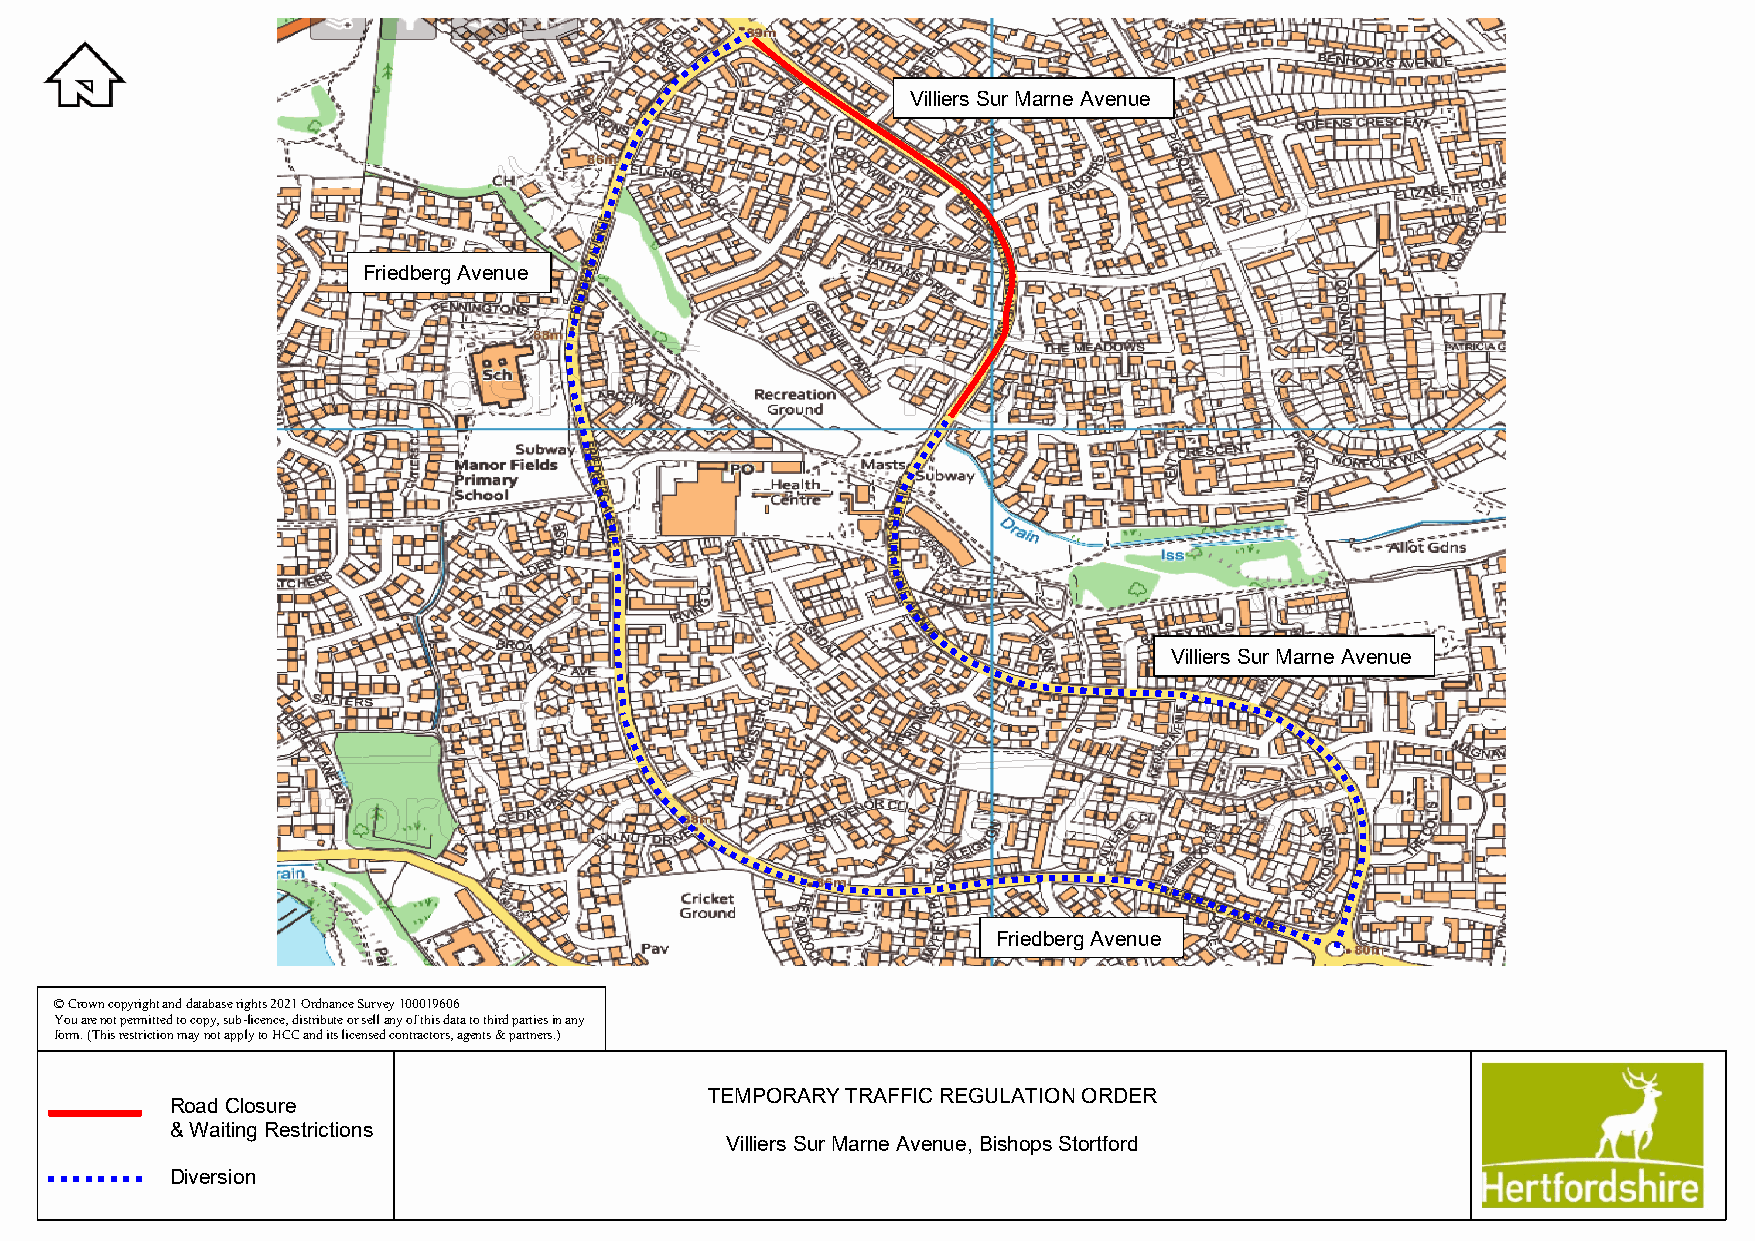
Villiers Sur Marne Avenue
 Friedberg Avenue
 Villiers Sur Marne Avenue
 Friedberg Avenue
 © Crown copyright and database rights 2021 Ordnance Survey 100019606
 You are not permitted to copy, sub-licence, distribute or sell any of this data to third parties in any
 form. (This restriction may not apply to HCC and its licensed contractors, agents & partners.)
 TEMPORARY TRAFFIC REGULATION ORDER
 Road Closure
 & Waiting Restrictions
 Villiers Sur Marne Avenue, Bishops Stortford
 Diversion